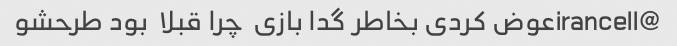
@irancellعوض کردی بخاطر گدا بازی  چرا قبلا  بود طرحشو